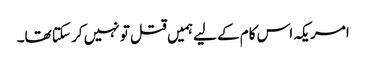
امریکہ اس کام کے لیےہمیں قتل تو نہیں کر سکتا تھا۔